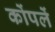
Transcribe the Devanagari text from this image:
कोंपलें